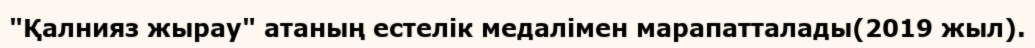
"Қалнияз жырау" атаның естелік медалімен марапатталады(2019 жыл).